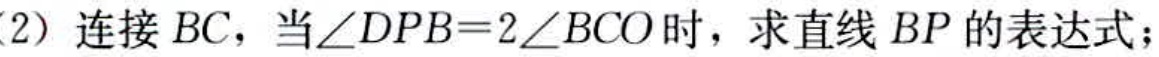
(2) 连接 \(BC\)，当\(\angle DPB = 2\angle BCO\)时，求直线 \(BP\) 的表达式；